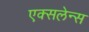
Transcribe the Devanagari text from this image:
एक्सलेन्स